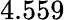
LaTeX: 4.559